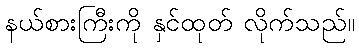
နယ်စားကြီးကို နှင်ထုတ် လိုက်သည်။